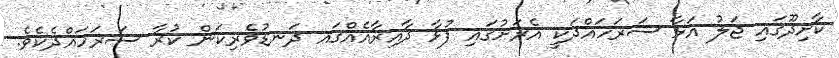
ކާށިދޫގައި ޖަލު އަޅާ ސަރަހައްދަކީ އެރަށުގައި ފުޅާ ދާއިރާއެއްގައ ދަނޑުވެރިކަން ކުރާ ސަރަހައްދެކެވެ.